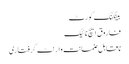
بینکنگ کورٹ
فاروق ایچ نائیک
ناقابل ضمانت وارنٹ گرفتاری